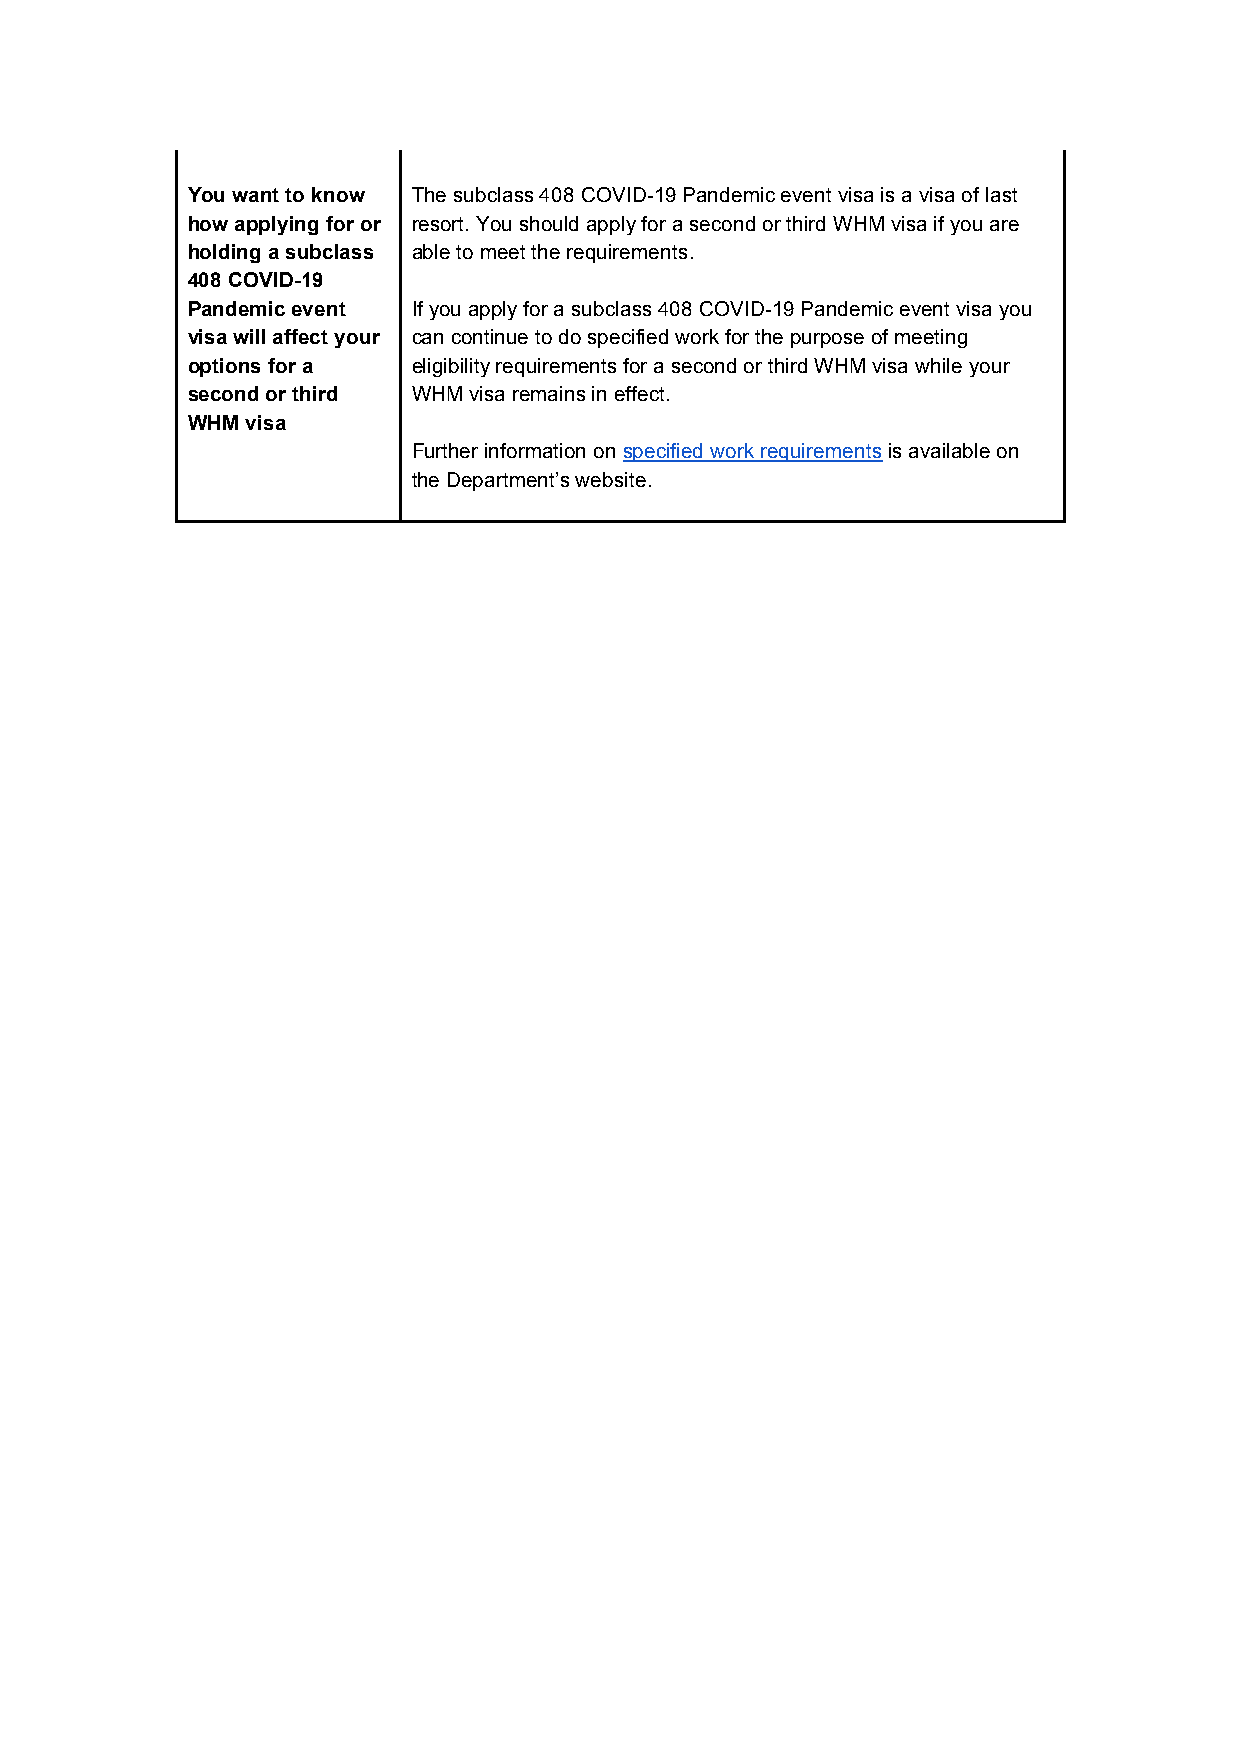
You want to know The subclass 408 COVID-19 Pandemic event visa is a visa of last
 how applying for or resort. You should apply for a second or third WHM visa if you are
 holding a subclass able to meet the requirements.
 408 COVID-19
 Pandemic event If you apply for a subclass 408 COVID-19 Pandemic event visa you
 visa will affect your can continue to do specified work for the purpose of meeting
 options for a  eligibility requirements for a second or third WHM visa while your
 second or third WHM visa remains in effect.
 WHM visa
 Further information on specified work requirements is available on
 the Department’s website.